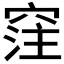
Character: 𥦠